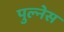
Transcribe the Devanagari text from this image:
पुल्नेस